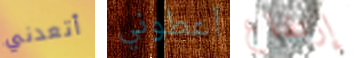
أتعدني أعطوني إرتفاع